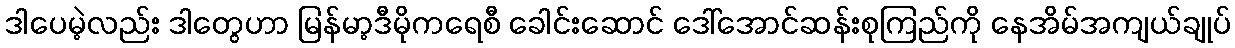
ဒါပေမဲ့လည်း ဒါတွေဟာ မြန်မာ့ဒီမိုကရေစီ ခေါင်းဆောင် ဒေါ်အောင်ဆန်းစုကြည်ကို နေအိမ်အကျယ်ချုပ်